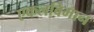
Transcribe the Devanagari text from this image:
एकलविमान